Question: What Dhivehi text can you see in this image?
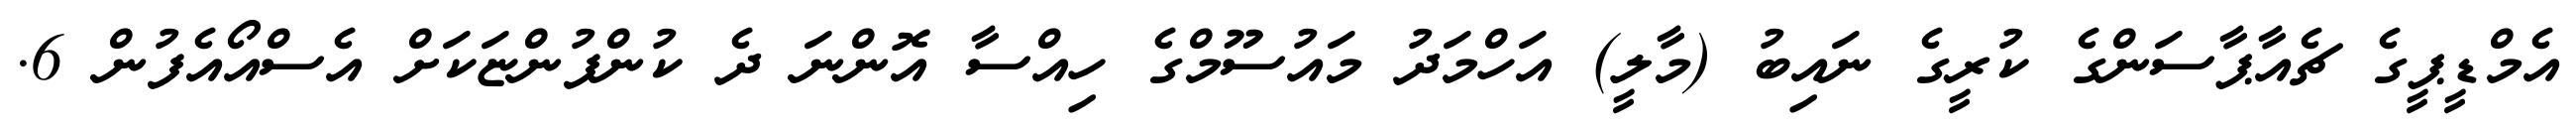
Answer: އެމްޑީޕީގެ ޗެއާޕާސަންގެ ކުރީގެ ނައިބު (މާލީ) އަހްމަދު މައުސޫމްގެ ހިއްސާ އޮންނަ ދެ ކުންފުންޏަކަށް އެސްއޯއެފުން 6.